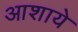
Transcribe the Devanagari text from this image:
आशाये